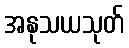
အနုသယသုတ်